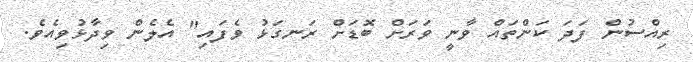
ރިއްސުން ފަދަ ކަންތައް ވާނީ ވަރަށް ބޮޑަށް ރަނގަޅު ވެފައި" އެލެން ވިދާޅުވިއެވެ.